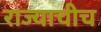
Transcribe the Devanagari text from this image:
राज्याचीच